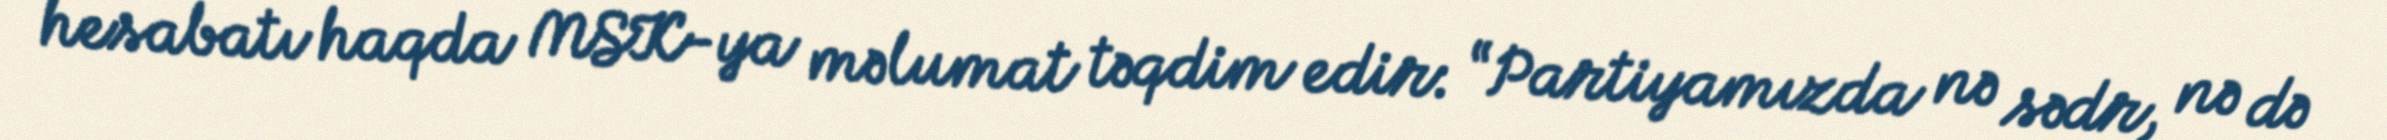
hesabatı haqda MSK-ya məlumat təqdim edir: “Partiyamızda nə sədr, nə də